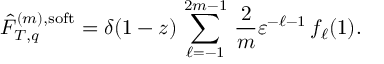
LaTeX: \hat { \cal F } _ { T , q } ^ { ( m ) , \mathrm { s o f t } } = \delta ( 1 - z ) \, \sum _ { \ell = - 1 } ^ { 2 m - 1 } \, \frac { 2 } { m } \varepsilon ^ { - \ell - 1 } \, f _ { \ell } ( 1 ) .